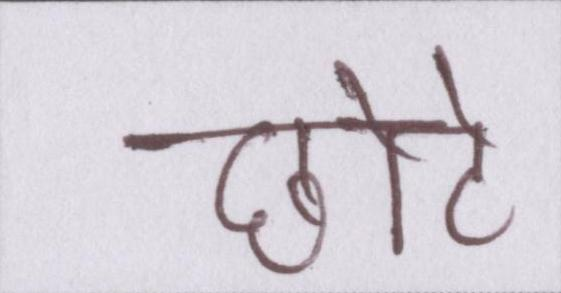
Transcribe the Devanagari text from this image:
छोटे